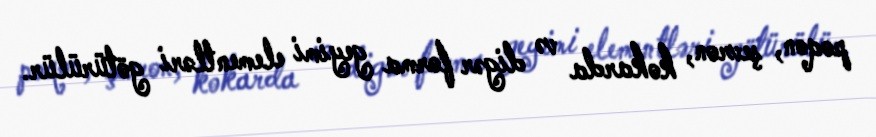
poqon, şevron, kokarda və digər forma geyimi elementləri götürülür.